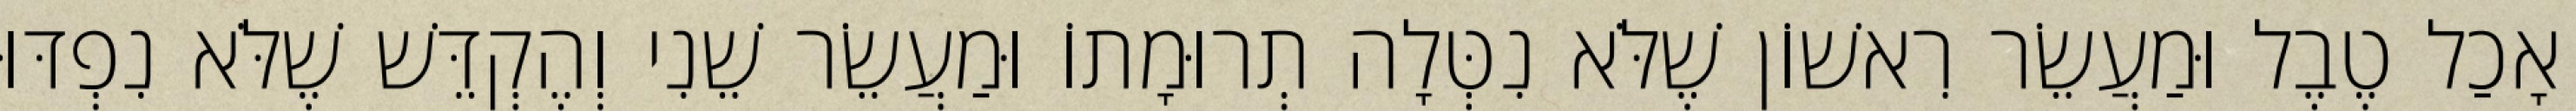
אָכַל טֶבֶל וּמַעֲשֵׂר רִאשׁוֹן שֶׁלֹּא נִטְּלָה תְרוּמָתוֹ וּמַעֲשֵׂר שֵׁנִי וְהֶקְדֵּשׁ שֶׁלֹּא נִפְדּוּ